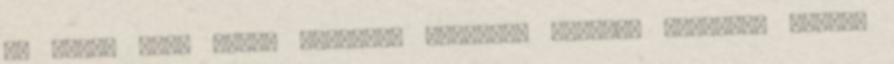
CM MAGAS RÉGI RITKA GYÖNYÖRÜ HIBÁTLAN TERMÉK. Csiszolt üvegek